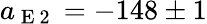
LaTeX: a_{\mathrm{~E~2~}}=-148\pm 1